Indian journal of veterinary science and animal husbandry - Volume 13,
Year: 1943
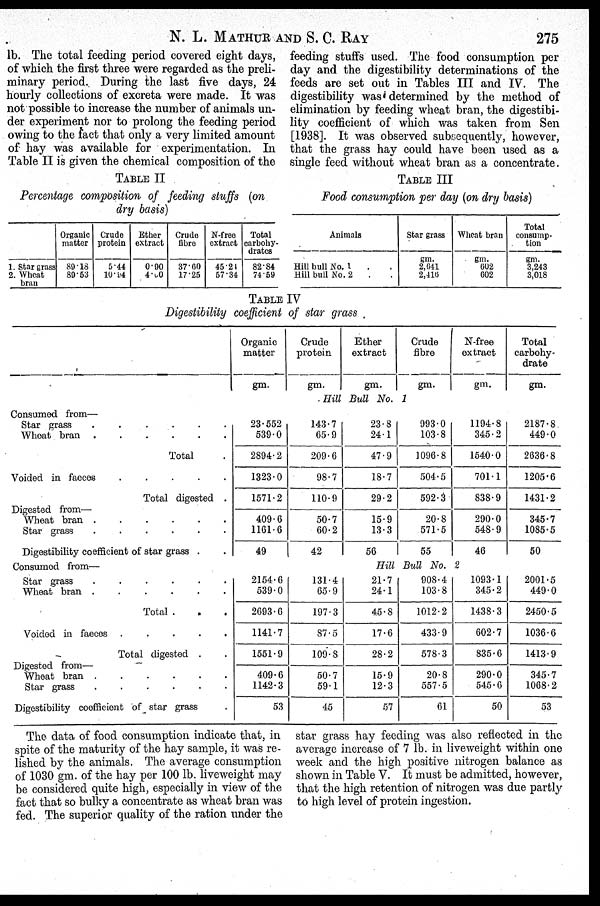
N. L. MATHUR AND S. C.
RAY
275
lb. The total feeding period covered eight days,
of which the first three were regarded as the preli-
minary period. During the last five days, 24
hourly collections of excreta were made. It was
not possible to increase the number of animals un-
der experiment nor to prolong the feeding period
owing to the fact that only a very limited amount
of hay was available for experimentation. In
Table II is given the chemical composition of the
feeding stuffs used. The food consumption per
day and the digestibility determinations of the
feeds are set out in Tables III and IV. The
digestibility was determined by the method of
elimination by feeding wheat bran, the digestibi-
lity coefficient of which was taken from Sen
[1938]. It was observed subsequently, however,
that the grass hay could have been used as a
single feed without wheat bran as a concentrate.
TABLE II
Percentage composition of feeding stuffs (on
dry basis)
1. Star grass
2. Wheat
bran
Organic
matter
89.18
89.53
Crude
protein
5.44
10.94
Ether
extract
0.90
4.60
Crude
fibre
37.60
17.25
N-free
extract
45.21
57.34
Total
carbohy-
drates
82.84
74.59
TABLE III
Food consumption per day (on dry basis)
Animals
Hill bull No. 1
Hill bull No. 2
Star grass
gm.
2,641
2,416
Wheat bran
gm.
602
602
Total
consump-
tion
gm.
3,243
3,018
TABLE IV
Digestibility coefficient of star grass
Consumed from—
Star grass
.
.
.
.
.
.
Wheat bran .
.
.
.
.
.
Total .
Voided in faeces
.
.
.
.
.
Total digested .
Digested from—
Wheat bran .
.
.
.
.
.
Star grass
.
.
.
.
.
.
Digestibility coefficient of star grass . .
Consumed from—
Star grass
.
.
.
.
.
.
Wheat bran .
.
.
.
.
.
Total .
.
.
Voided in faeces .
.
.
.
.
Total digested . .
Digested from—
Wheat bran .
.
.
.
.
.
Star grass . . . . . .
Digestibility coefficient of star grass .
Organic
matter
gm.
Crude
protein
gm.
Ether
extract
gm.
Crude
fibre
gm.
N-free
extract
gm.
Total
carbohy-
drate
gm.
Hill Bull No. 1
23.552
539.0
2894.2
1323.0
1571.2
409.6
1161.6
49
2154.6
539.0
2693.6
1141.7
1551.9
409.6
1142.3
53
143.7
65.9
209.6
98.7
110.9
50.7
60.2
42
131.4
65.9
197.3
87.5
109. 8
50.7
59.1
45
23.8
24.1
47.9
18.7
29.2
15.9
13.3
56
993.0
103.8
1096.8
504.5
592.3
20.8
571.5
55
1194.8
345.2
1540.0
701.1
838.9
290.0
548.9
46
Hill Bull No. 2
21.7
24.1
45.8
17.6
28.2
15.9
12.3
57
908.4
103.8
1012.2
433.9
578.3
20.8
557.5
61
1093.1
345.2
1438.3
602.7
835.6
290.0
545.6
50
2187.8.
449.0
2636.8
1205.6
1431.2
345.7
1085.5
50
2001.5
449.0
2450.5
1036.6
1413.9
345.7
1068.2
53
The data of food consumption indicate that, in
spite of the maturity of the hay sample, it was re-
lished by the animals. The average consumption
of 1030 gm. of the hay per 100 lb. liveweight may
be considered quite high, especially in view of the
fact that so bulky a concentrate as wheat bran was
fed. The superior quality of the ration under the
star grass hay feeding was also reflected in the
average increase of 7 lb. in liveweight within one
week and the high positive nitrogen balance as
shown in Table V. It must be admitted, however,
that the high retention of nitrogen was due partly
to high level of protein ingestion.